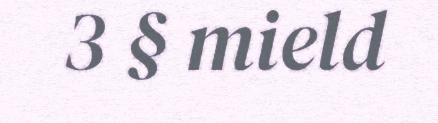
3 § mield